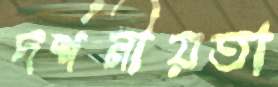
দর্শনীয়তা